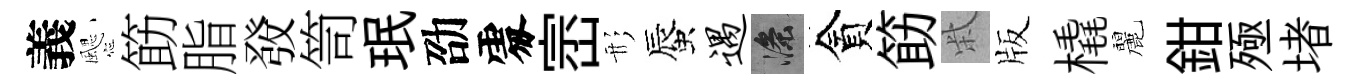
義颸筯脂𤼲笥珉劭𠁅崈形蜃遇滌貪筯柴版橇麗鉗殛堵